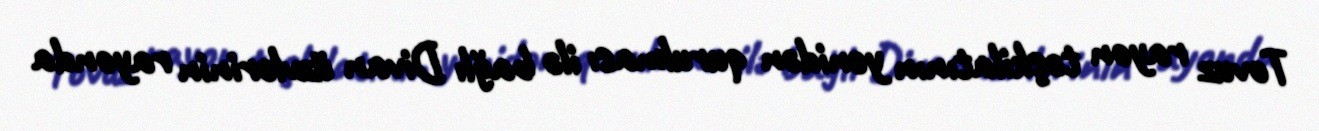
Tovuz rayon təşkilatının yenidən qurulması ilə bağlı Divan üzvlərinin rayonda